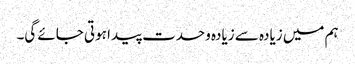
ہم میں زیادہ سے زیادہ وحدت پیدا ہوتی جائے گی۔